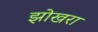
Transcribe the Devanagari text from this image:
झोखरा